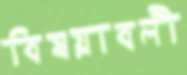
বিষয়াবলী